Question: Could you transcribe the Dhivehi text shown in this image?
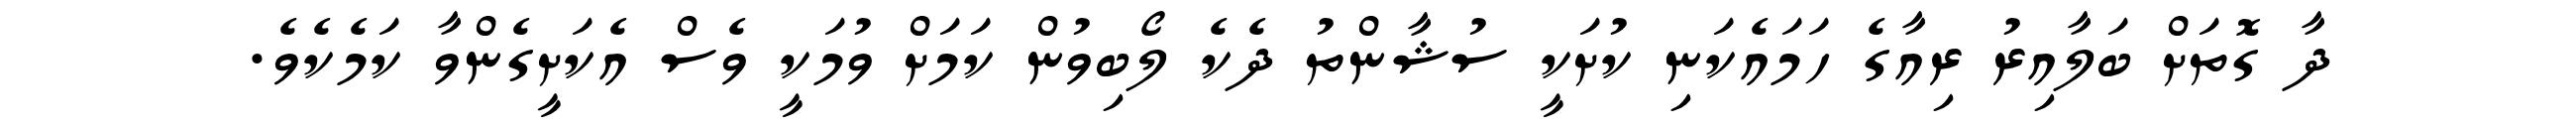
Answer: ދާ ގޮތަށް ބަލާއިރު ރިއާގެ ހަމައެކަނި ކުށަކީ ސުޝާންތު ދެކެ ލޯބިވުން ކަމަށް ވުމަކީ ވެސް އެކަށީގެންވާ ކަމެކެވެ.